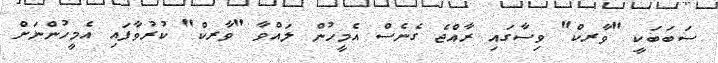
ސަބަބަކީ "ވާރކް" ވިސާގައި ރާއްޖެ ގެނެސް އެމީހުން ލައްވާ "ވާރކް" ކުރުވާފައި އެމީހުންނަށް